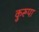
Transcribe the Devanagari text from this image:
कुरूपा